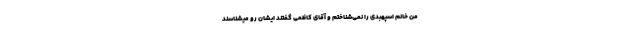
من خانم اسپهبدی را نمی‌شناختم و آقای کاظمی گفتند ایشان رو میشناسند